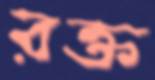
রক্ত